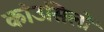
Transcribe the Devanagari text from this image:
कांउसिलों